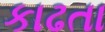
કાઢતા